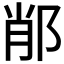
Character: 𨛍